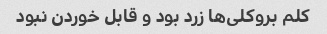
کلم بروکلی‌ها زرد بود و قابل خوردن نبود